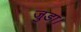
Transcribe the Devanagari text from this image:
जुडा।